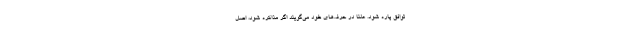
توافق پاره شود. علناً در حرف‌های خود می‌گویند اگر مذاکره شود، اصل